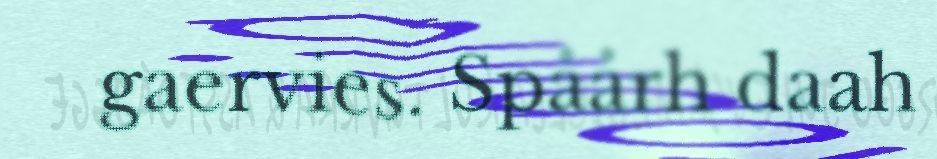
gaervies. Spåårh daah